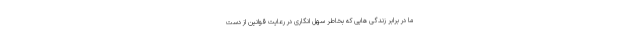
ما در برابر زندگی هایی که بخاطر سهل انگاری در رعایت قوانین از دست